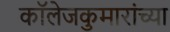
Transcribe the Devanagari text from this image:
कॉलेजकुमारांच्या